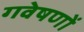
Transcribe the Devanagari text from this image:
गवेषणों